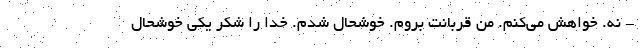
- نه. خواهش می‌کنم. من قربانت بروم. خوشحال شدم. خدا را شکر یکی خوشحال